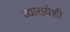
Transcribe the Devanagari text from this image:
व्याख्येशी